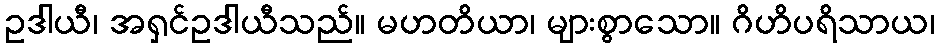
ဥဒါယီ၊ အရှင်ဥဒါယီသည်။ မဟတိယာ၊ များစွာသော။ ဂိဟိပရိသာယ၊